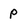
Character: P